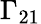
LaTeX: \Gamma_{21}